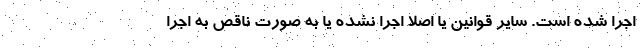
اجرا شده است. سایر قوانین یا اصلا اجرا نشده یا به صورت ناقص به اجرا